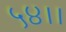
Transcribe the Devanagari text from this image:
५४।।